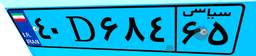
۶۹D۱۹۹۲۲